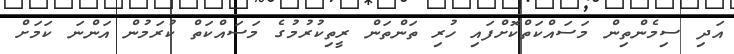
އަދި ސިމެންތިން މަސައްކަތްކޮށްފައި ހުރި ތަންތަން ރީތިކުރުމުގެ މަސައްކަތް ކުރަމުން އަންނަ ކަމަށް